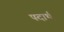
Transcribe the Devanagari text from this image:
पदार्थ़